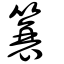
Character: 簑